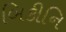
બિકીનિ